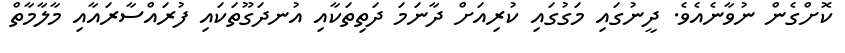
ކޮށްގެން ނުވާނެއެވެ. ދީނުގައި މަގުގައި ކުރިއަށް ދާނަމަ ދަތިތަކާއި އުނދަގޫތަކައި ފުރައްސާރައާއި މާލާމާތް